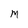
Character: M